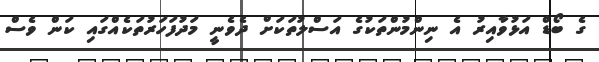
ގެ ބޯޑް އަޅުވާއިރު އެ ނިންމުންތަކުގެ އަސްލުތަކަށް ދެވެނީ މަދުފަހަރުތަކެއްގައި ކަން ވެސް